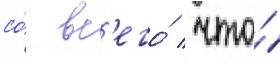
со́ вс'его́ / что́